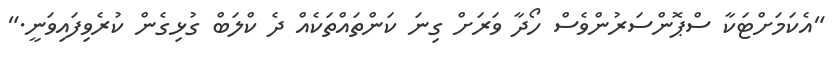
"އެކަމަށްޓަކާ ސްޕޮންސަރުންވެސް ހޯދާ ވަރަށް ގިނަ ކަންތައްތަކެއް ދެ ކްލަބް ގުޅިގެން ކުރެވިފައިވަނީ."